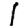
Digit: 1